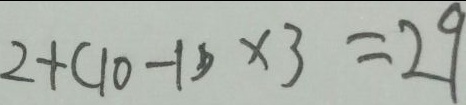
2 + ( 1 0 - 1 ) \times 3 = 2 9